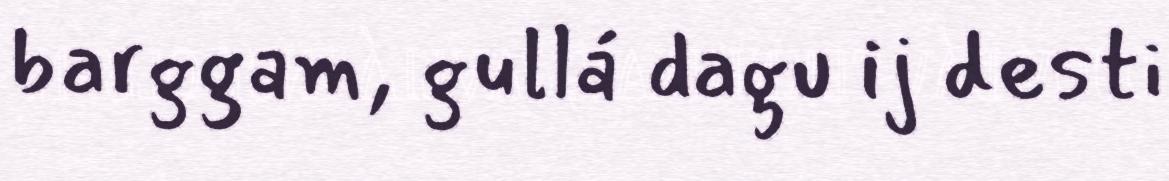
barggam, gullá dagu ij desti